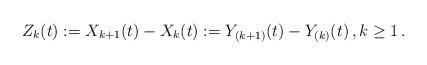
LaTeX: \begin{align*}Z_k(t) :=X_{k+1}(t) - X_k(t) := Y_{(k+1)} (t)- Y_{(k)}(t)\,, k \ge 1 \,.\end{align*}